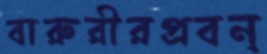
বারুরীরপ্রবন্